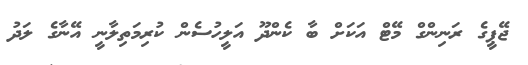
ޖޭޕީގެ ރަނިންގް މޭޓް އަކަށް ބާ ކެންދޫ އަލީހުސެން ކުރިމަތިލާނީ އޭނާގެ ލަދު